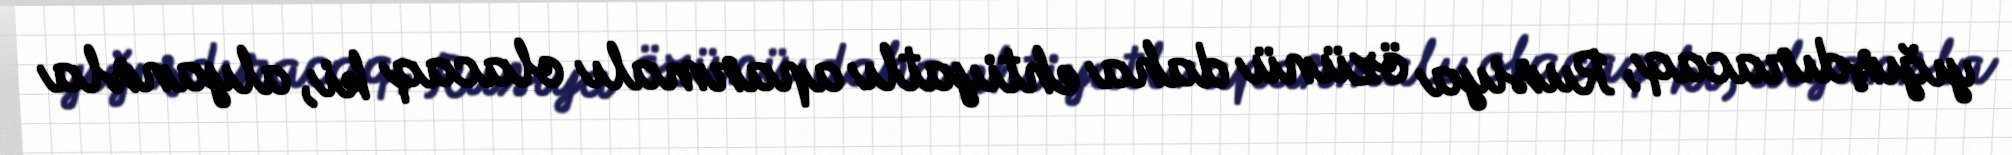
yığışdıracaq, Rusiya özünü daha ehtiyatlı aparmalı olacaq ki, alyansla